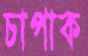
চাপাক